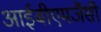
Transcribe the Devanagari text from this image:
आईबीएमजैसी